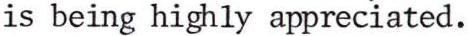
is being highly appreciated.